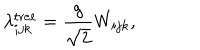
\lambda _ { i j k } ^ { \mathrm { t r e e } } = \frac { g } { \sqrt { 2 } } W _ { i j k } ,